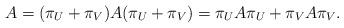
LaTeX: \begin{align*}A =(\pi_U + \pi_V)A(\pi_U+\pi_V) = \pi_U A\pi_U + \pi_V A \pi_V.\end{align*}